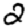
Digit: 2